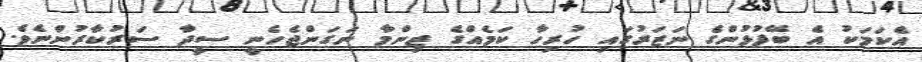
އެކަމަކު އެ ބޭފުޅުންގެ ނަޒަރުގައި ހުރިހާ ކަމެއްގެ ޒިންމާ ނަގަންޖެހެނީ ސީދާ ސަރުކާރުންނެވެ.